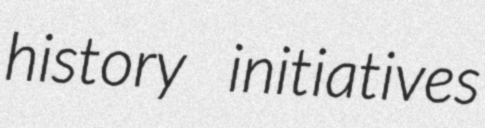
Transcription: history initiatives